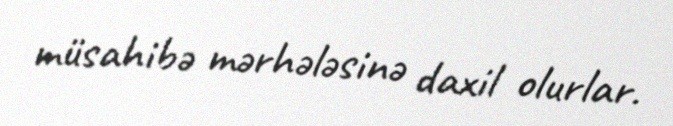
müsahibə mərhələsinə daxil olurlar.